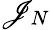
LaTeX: \mathscr{J}_{N}